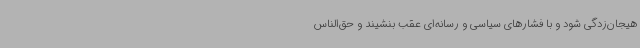
هیجان‌زدگی شود و با فشارهای سیاسی و رسانه‌ای عقب بنشیند و حق‌الناس